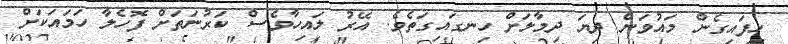
ހިފައިގެން މައުވަން ދިޔަ ދިމާލަށް ހިނގައިގަތެވެ. އޭރު ލައިހާވެސް ކަރުނަތަށް ފޮހެލާ ހަމައަކަށް